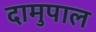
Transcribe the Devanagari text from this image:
दामुपाल